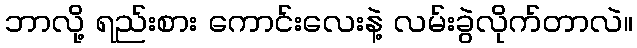
ဘာလို့ ရည်းစား ကောင်းလေးနဲ့ လမ်းခွဲလိုက်တာလဲ။